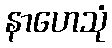
နာဟေသုံ